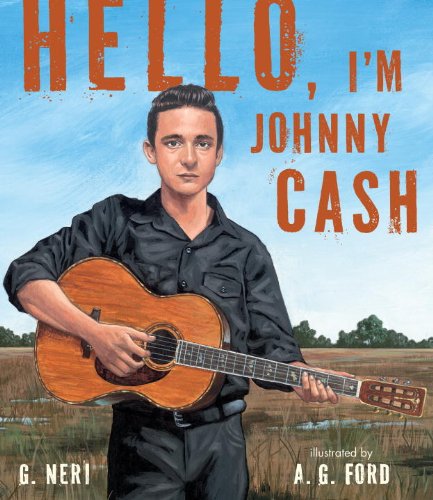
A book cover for Hello, I'm Johnny Cash; G. Neri; Children's Books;